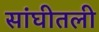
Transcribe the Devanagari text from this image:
सांघीतली